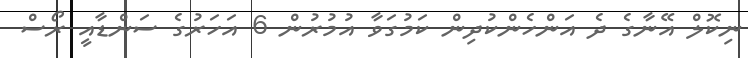
ނިކޮލް އޭނާގެ ދެ އަންހެންކުދިން ކަމުގަވާ އުމުރުން 6 އަހަރުގެ ސަަންޑާއީ ރޯސް